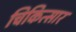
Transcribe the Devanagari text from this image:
चिकित्सार